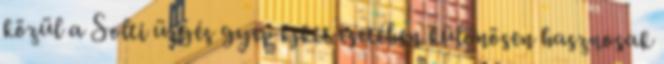
közül a Solti ürgés gyep kjktt esetében különösen hasznosak